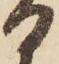
日